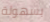
بسهولة